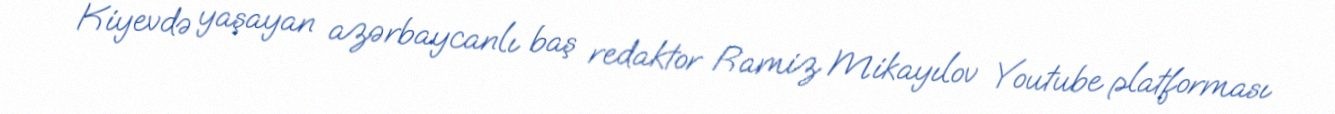
Kiyevdə yaşayan azərbaycanlı baş redaktor Ramiz Mikayılov Youtube platforması